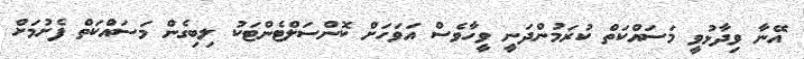
އޭނާ ވިދާޅުވީ މަސައްކަތް ކުރަމުންދަނީ ވީހާވެސް އަވަހަށް ކޮންސަލްޓެންޓަކު ލިބިގެން މަސައްކަތް ފެށުމަށް